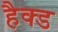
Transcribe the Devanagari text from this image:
हैक्ड